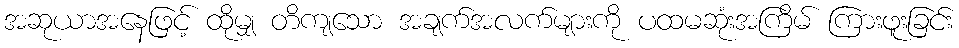
အဆုယာအနေဖြင့် ထိုမျှ တိကျသော အချက်အလက်များကို ပထမဆုံးအကြိမ် ကြားဖူးခြင်း